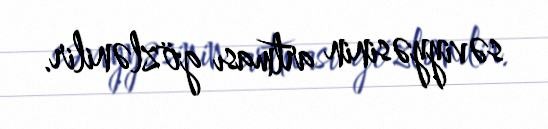
səviyyəsinin artması gözlənilir.